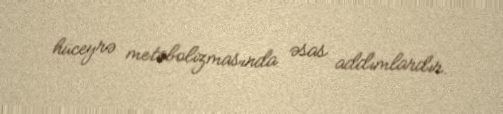
hüceyrə metabolizmasında əsas addımlardır.